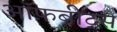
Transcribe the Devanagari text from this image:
ऑफ़बीट्स